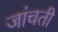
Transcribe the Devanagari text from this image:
जांचती